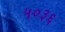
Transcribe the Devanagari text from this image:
५०३६